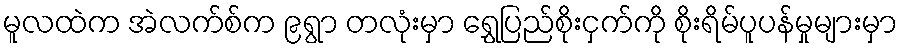
မူလထဲက အဲလက်စ်က ၉ရွာ တလုံးမှာ ရွှေပြည်စိုးငှက်ကို စိုးရိမ်ပူပန်မှုများမှာ